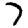
Digit: 7